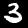
Digit: 3